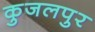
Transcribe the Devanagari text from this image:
कुजलपुर